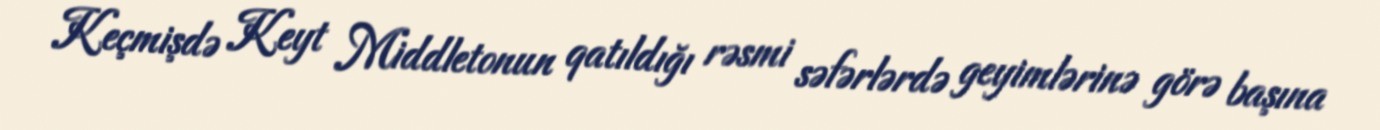
Keçmişdə Keyt Middletonun qatıldığı rəsmi səfərlərdə geyimlərinə görə başına